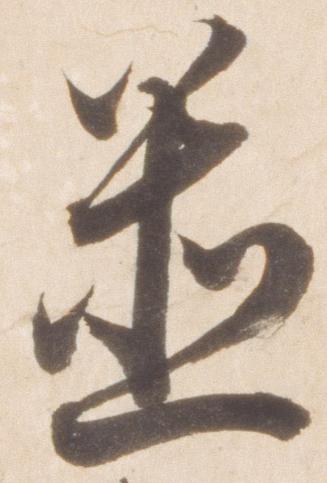
置